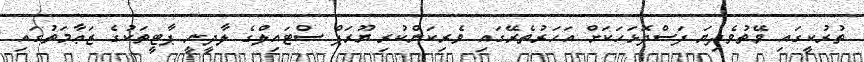
ތުރުކީގައި ވޭތުވެދިޔަ ފަސްދޮޅަހަކަށް އަހަރުތެރޭގައި ވެރިކަންކުރި ޔޫރަޕް ސްޓައިލްގެ ލާދީނީ ޕާޓީތަކުގެ ޒަޢާމަތުގައިި